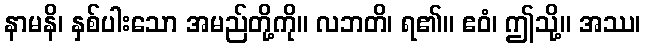
နာမနိ၊ နှစ်ပါးသော အမည်တို့ကို။ လဘတိ၊ ရ၏။ ဧဝံ၊ ဤသို့။ အဿ၊